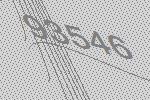
93546